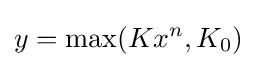
y=\max(Kx^{n},K_{0})